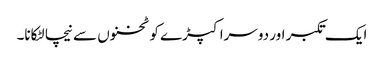
ایک تکبر اور دوسرا کپڑے کو ٹخنوں سے نیچا لٹکانا۔